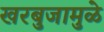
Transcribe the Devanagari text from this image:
खरबुजामुळे